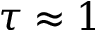
\tau \approx 1